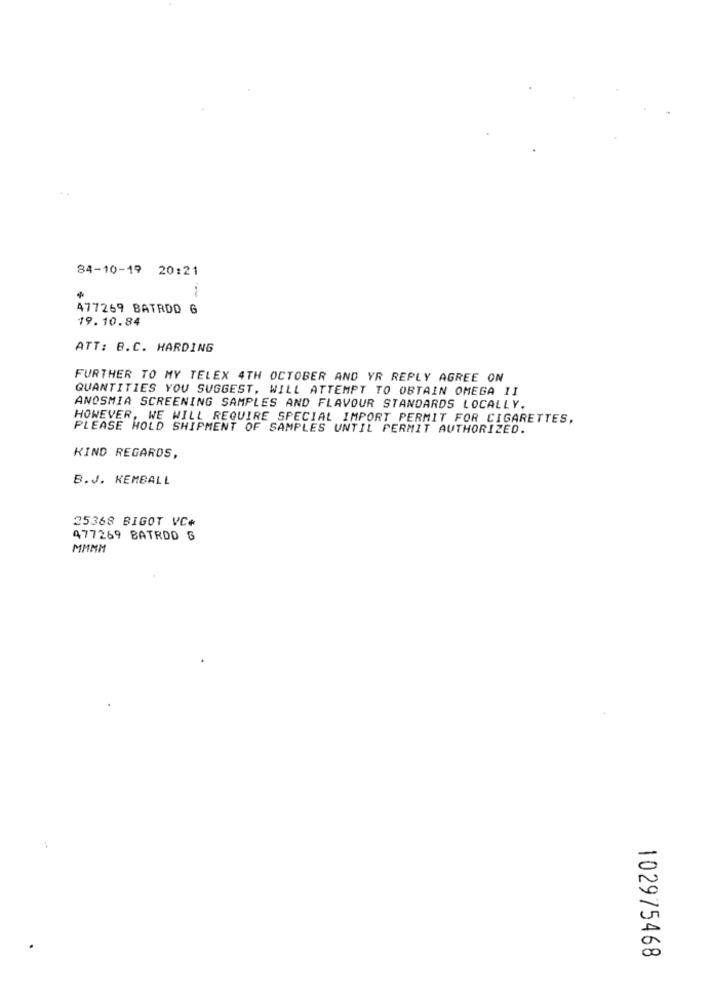
84-10-19 20:21
477269 BATRDD G
19.10.84
ATT: B.C. HARDING
FURTHER TO MY TELEX 4TH OCTOBER AND YR REPLY AGREE ON
QUANTITIES YOU SUGGEST, WILL ATTEMPT TO OBTAIN OMEGA II
ANOSMIA SCREENING SAMPLES AND FLAVOUR STANDARDS LOCALLY.
HOWEVER, WE WILL REQUIRE SPECIAL IMPORT PERMIT FOR CIGARETTES,
PLEASE HOLD SHIPMENT OF SAMPLES UNTIL PERMIT AUTHORIZED.
KIND REGARDS,
B.J. KEMBALL
25368 BIGOT VC+
477269 BATRDD G
MMMM
102975468